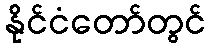
နိုင်ငံတော်တွင်